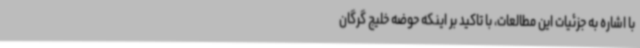
با اشاره به جزئیات این مطالعات، با تاکید بر اینکه حوضه خلیج گرگان